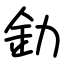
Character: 釛